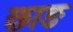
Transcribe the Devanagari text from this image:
छाङ